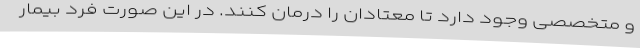
و متخصصی وجود دارد تا معتادان را درمان کنند. در این صورت فرد بیمار